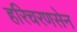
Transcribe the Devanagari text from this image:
हरिचरणसेन